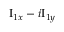
\mathrm { I } _ { 1 x } - i \mathrm { I } _ { 1 y }